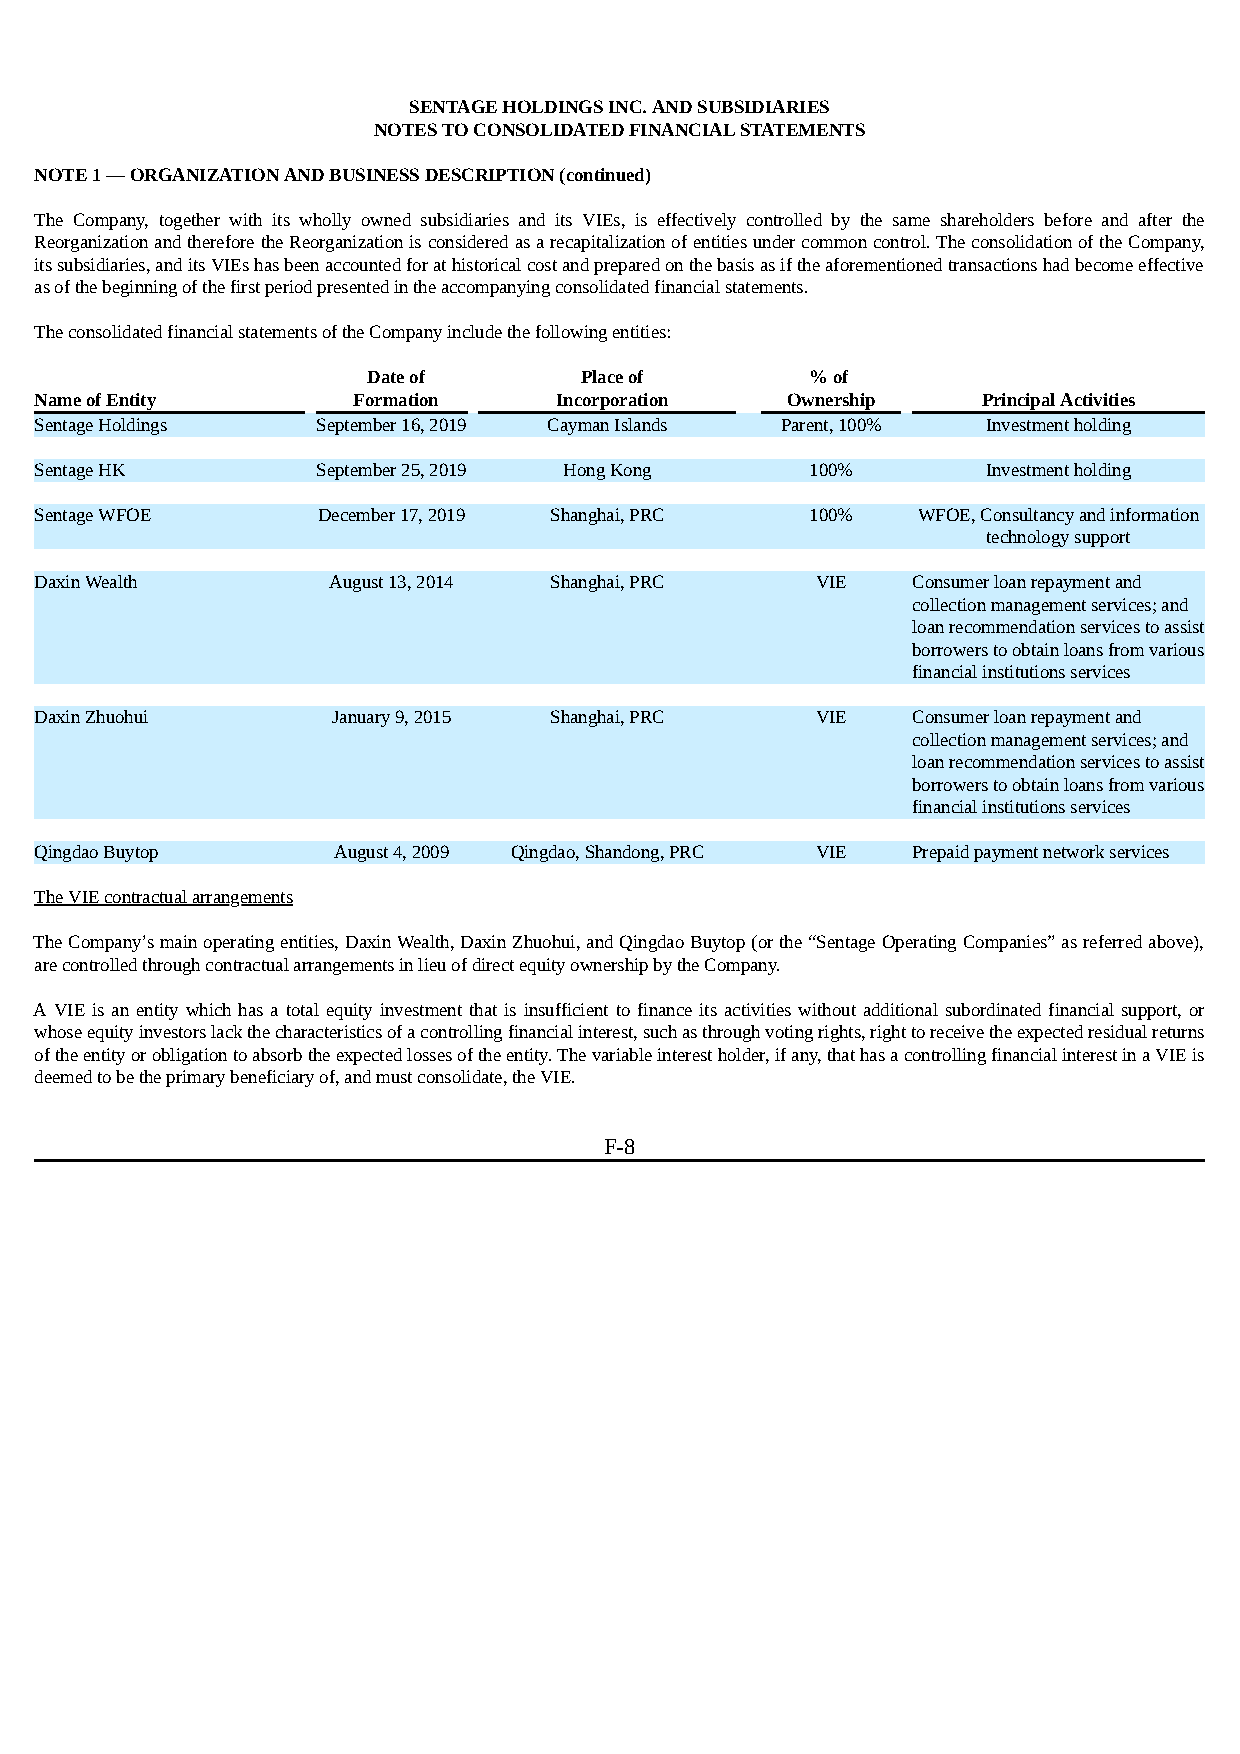
SENTAGE HOLDINGS INC. AND SUBSIDIARIES
 NOTES TO CONSOLIDATED FINANCIAL STATEMENTS
 NOTE 1 — ORGANIZATION AND BUSINESS DESCRIPTION (continued)
 The Company, together with its wholly owned subsidiaries and its VIEs, is effectively controlled by the same shareholders before and after the
 Reorganization and therefore the Reorganization is considered as a recapitalization of entities under common control. The consolidation of the Company,
 its subsidiaries, and its VIEs has been accounted for at historical cost and prepared on the basis as if the aforementioned transactions had become effective
 as of the beginning of the first period presented in the accompanying consolidated financial statements.
 The consolidated financial statements of the Company include the following entities:
 Date of       Place of        % of
 Name of Entity       Formation     Incorporation  Ownership    Principal Activities
 Sentage Holdings   September 16, 2019 Cayman Islands Parent, 100% Investment holding
 Sentage HK         September 25, 2019 Hong Kong     100%       Investment holding
 Sentage WFOE       December 17, 2019 Shanghai, PRC  100%   WFOE, Consultancy and information
 technology support
 Daxin Wealth        August 13, 2014 Shanghai, PRC   VIE   Consumer loan repayment and
 collection management services; and
 loan recommendation services to assist
 borrowers to obtain loans from various
 financial institutions services
 Daxin Zhuohui       January 9, 2015 Shanghai, PRC   VIE   Consumer loan repayment and
 collection management services; and
 loan recommendation services to assist
 borrowers to obtain loans from various
 financial institutions services
 Qingdao Buytop      August 4, 2009 Qingdao, Shandong, PRC VIE Prepaid payment network services
 The VIE contractual arrangements
 The Company’s main operating entities, Daxin Wealth, Daxin Zhuohui, and Qingdao Buytop (or the “Sentage Operating Companies” as referred above),
 are controlled through contractual arrangements in lieu of direct equity ownership by the Company.
 A VIE is an entity which has a total equity investment that is insufficient to finance its activities without additional subordinated financial support, or
 whose equity investors lack the characteristics of a controlling financial interest, such as through voting rights, right to receive the expected residual returns
 of the entity or obligation to absorb the expected losses of the entity. The variable interest holder, if any, that has a controlling financial interest in a VIE is
 deemed to be the primary beneficiary of, and must consolidate, the VIE.
 F-8